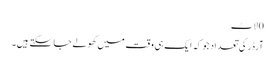
0 لاٹ
آرڈر کی تعداد جو کہ ایک ہی وقت میں کھولے جا سکتے ہیں۔